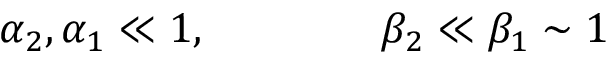
\alpha _ { 2 } , \/ \alpha _ { 1 } \ll 1 , \qquad \qquad \beta _ { 2 } \ll \beta _ { 1 } \sim 1